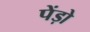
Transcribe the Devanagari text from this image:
पेंड़ो